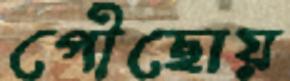
পৌঁছোয়